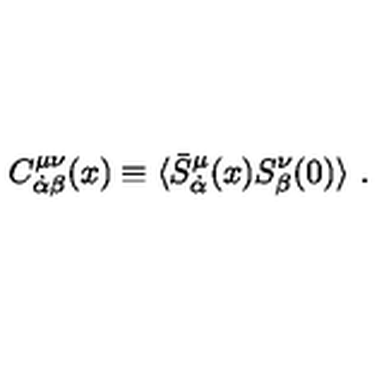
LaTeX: C _ { \dot { \alpha } \beta } ^ { \mu \nu } ( x ) \equiv \langle \bar { S } _ { \dot { \alpha } } ^ { \mu } ( x ) S _ { \beta } ^ { \nu } ( 0 ) \rangle \ .